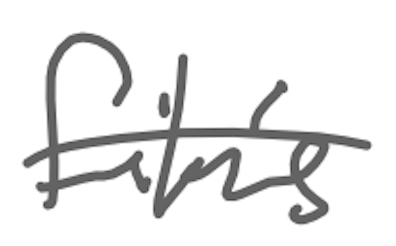
Text: film's
Cross-out: single-line
Writing tool: digital_gray